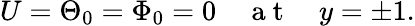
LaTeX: U=\Theta_{0}=\Phi_{0}=0\quad\mathrm{~a~t~}\quad y=\pm 1.